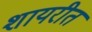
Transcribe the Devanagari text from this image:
शायरीत